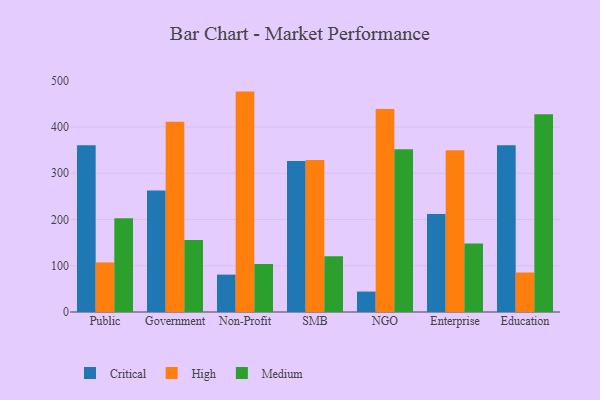
{"axis": {"x": "Segment", "y": "Shipments"}, "legend": ["Critical", "High", "Medium"], "data": [{"x": "Public", "y": 360.5, "type": "Critical"}, {"x": "Public", "y": 107.2, "type": "High"}, {"x": "Public", "y": 202.5, "type": "Medium"}, {"x": "Government", "y": 262.7, "type": "Critical"}, {"x": "Government", "y": 411.2, "type": "High"}, {"x": "Government", "y": 155.9, "type": "Medium"}, {"x": "Non-Profit", "y": 80.8, "type": "Critical"}, {"x": "Non-Profit", "y": 476.5, "type": "High"}, {"x": "Non-Profit", "y": 103.8, "type": "Medium"}, {"x": "SMB", "y": 326.5, "type": "Critical"}, {"x": "SMB", "y": 328.5, "type": "High"}, {"x": "SMB", "y": 120.4, "type": "Medium"}, {"x": "NGO", "y": 44.2, "type": "Critical"}, {"x": "NGO", "y": 438.8, "type": "High"}, {"x": "NGO", "y": 351.9, "type": "Medium"}, {"x": "Enterprise", "y": 211.8, "type": "Critical"}, {"x": "Enterprise", "y": 349.8, "type": "High"}, {"x": "Enterprise", "y": 148.0, "type": "Medium"}, {"x": "Education", "y": 360.4, "type": "Critical"}, {"x": "Education", "y": 85.4, "type": "High"}, {"x": "Education", "y": 427.3, "type": "Medium"}]}